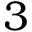
3